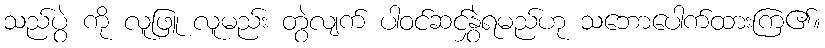
သည်ပွဲ ကို လူဖြူ လူမည်း တွဲလျက် ပါဝင်ဆင်နွှဲရမည်ဟု သဘောပေါက်ထားကြ၏။